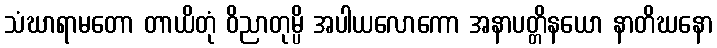
သံဃာရာမတော တာယိတုံ ဝိညာတုမ္ပိ အပါယလောကော အနာပတ္တိနယော နာတိဃနော